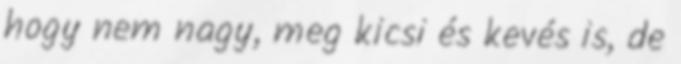
hogy nem nagy, meg kicsi és kevés is, de